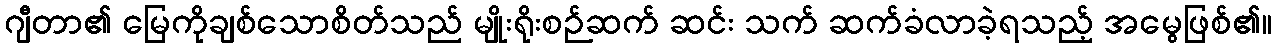
ဂျီတာ၏ မြေကိုချစ်သောစိတ်သည် မျိုးရိုးစဉ်ဆက် ဆင်း သက် ဆက်ခံလာခဲ့ရသည့် အမွေဖြစ်၏။